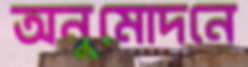
অনুমোদনে